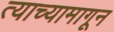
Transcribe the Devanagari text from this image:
त्याच्यामागून